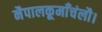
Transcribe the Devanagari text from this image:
नैपालकूमाँचंलौ।